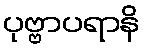
ပုဗ္ဗာပရာနိ